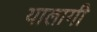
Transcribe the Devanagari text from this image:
यालागी